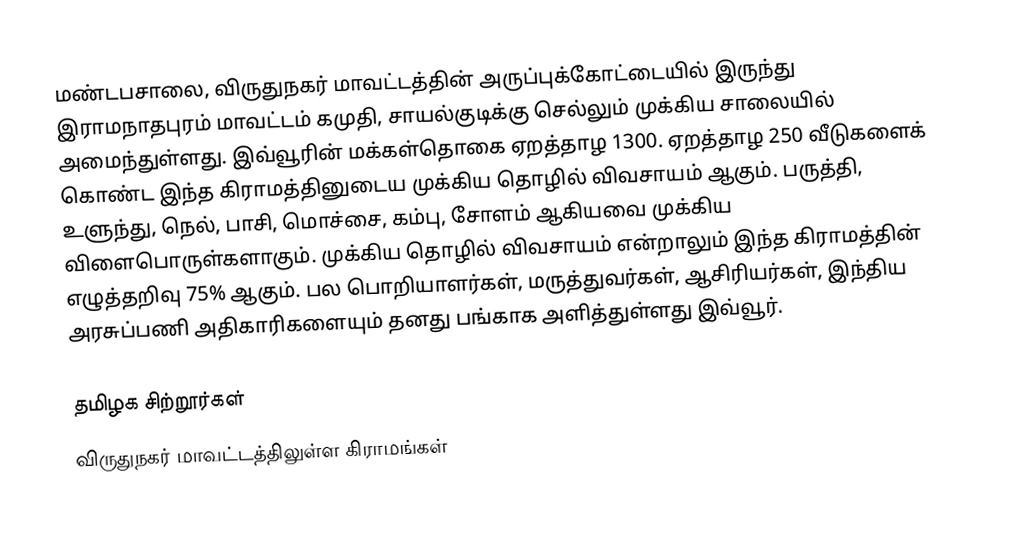
மண்டபசாலை, விருதுநகர் மாவட்டத்தின் அருப்புக்கோட்டையில் இருந்து இராமநாதபுரம் மாவட்டம் கமுதி, சாயல்குடிக்கு செல்லும் முக்கிய சாலையில் அமைந்துள்ளது. இவ்வூரின் மக்கள்தொகை ஏறத்தாழ 1300. ஏறத்தாழ 250 வீடுகளைக் கொண்ட இந்த கிராமத்தினுடைய முக்கிய தொழில் விவசாயம் ஆகும். பருத்தி, உளுந்து, நெல், பாசி, மொச்சை, கம்பு, சோளம் ஆகியவை முக்கிய விளைபொருள்களாகும். முக்கிய தொழில் விவசாயம் என்றாலும் இந்த கிராமத்தின் எழுத்தறிவு 75% ஆகும். பல பொறியாளர்கள், மருத்துவர்கள், ஆசிரியர்கள், இந்திய அரசுப்பணி அதிகாரிகளையும் தனது பங்காக அளித்துள்ளது இவ்வூர்.

தமிழக சிற்றூர்கள்
விருதுநகர் மாவட்டத்திலுள்ள கிராமங்கள்